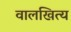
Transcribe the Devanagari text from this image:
वालखित्य